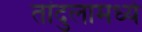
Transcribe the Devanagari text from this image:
तांदुलामध्ये